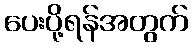
ပေးပို့ရန်အတွက်